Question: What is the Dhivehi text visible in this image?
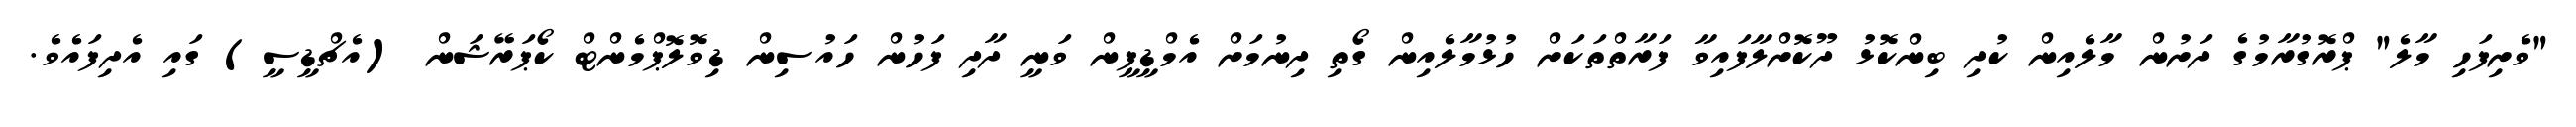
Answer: "ވެށިފަހި މާލެ" ޕްރޮގުރާމުގެ ދަށުން މާލެއިން ކުދި ބިންކޮޅު ދޫކޮށްލާފައިވާ ފަރާތްތަކަށް ހުޅުމާލެއިން ގޯތި ދިނުމަށް އެމްޑީޕީން ވަނީ ދާދި ފަހުން ހައުސިން ޑިވޮލޮޕްމެންޓް ކޯޕަރޭޝަން (އެޗްޑީސީ) ގައި އެދިފައެވެ.